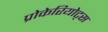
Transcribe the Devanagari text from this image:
प्रोकेरियोट्स